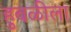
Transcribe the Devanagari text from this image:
हुबळीला